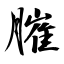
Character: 膗